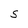
Character: S